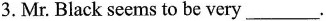
3. Mr. Black seems to be very ___.